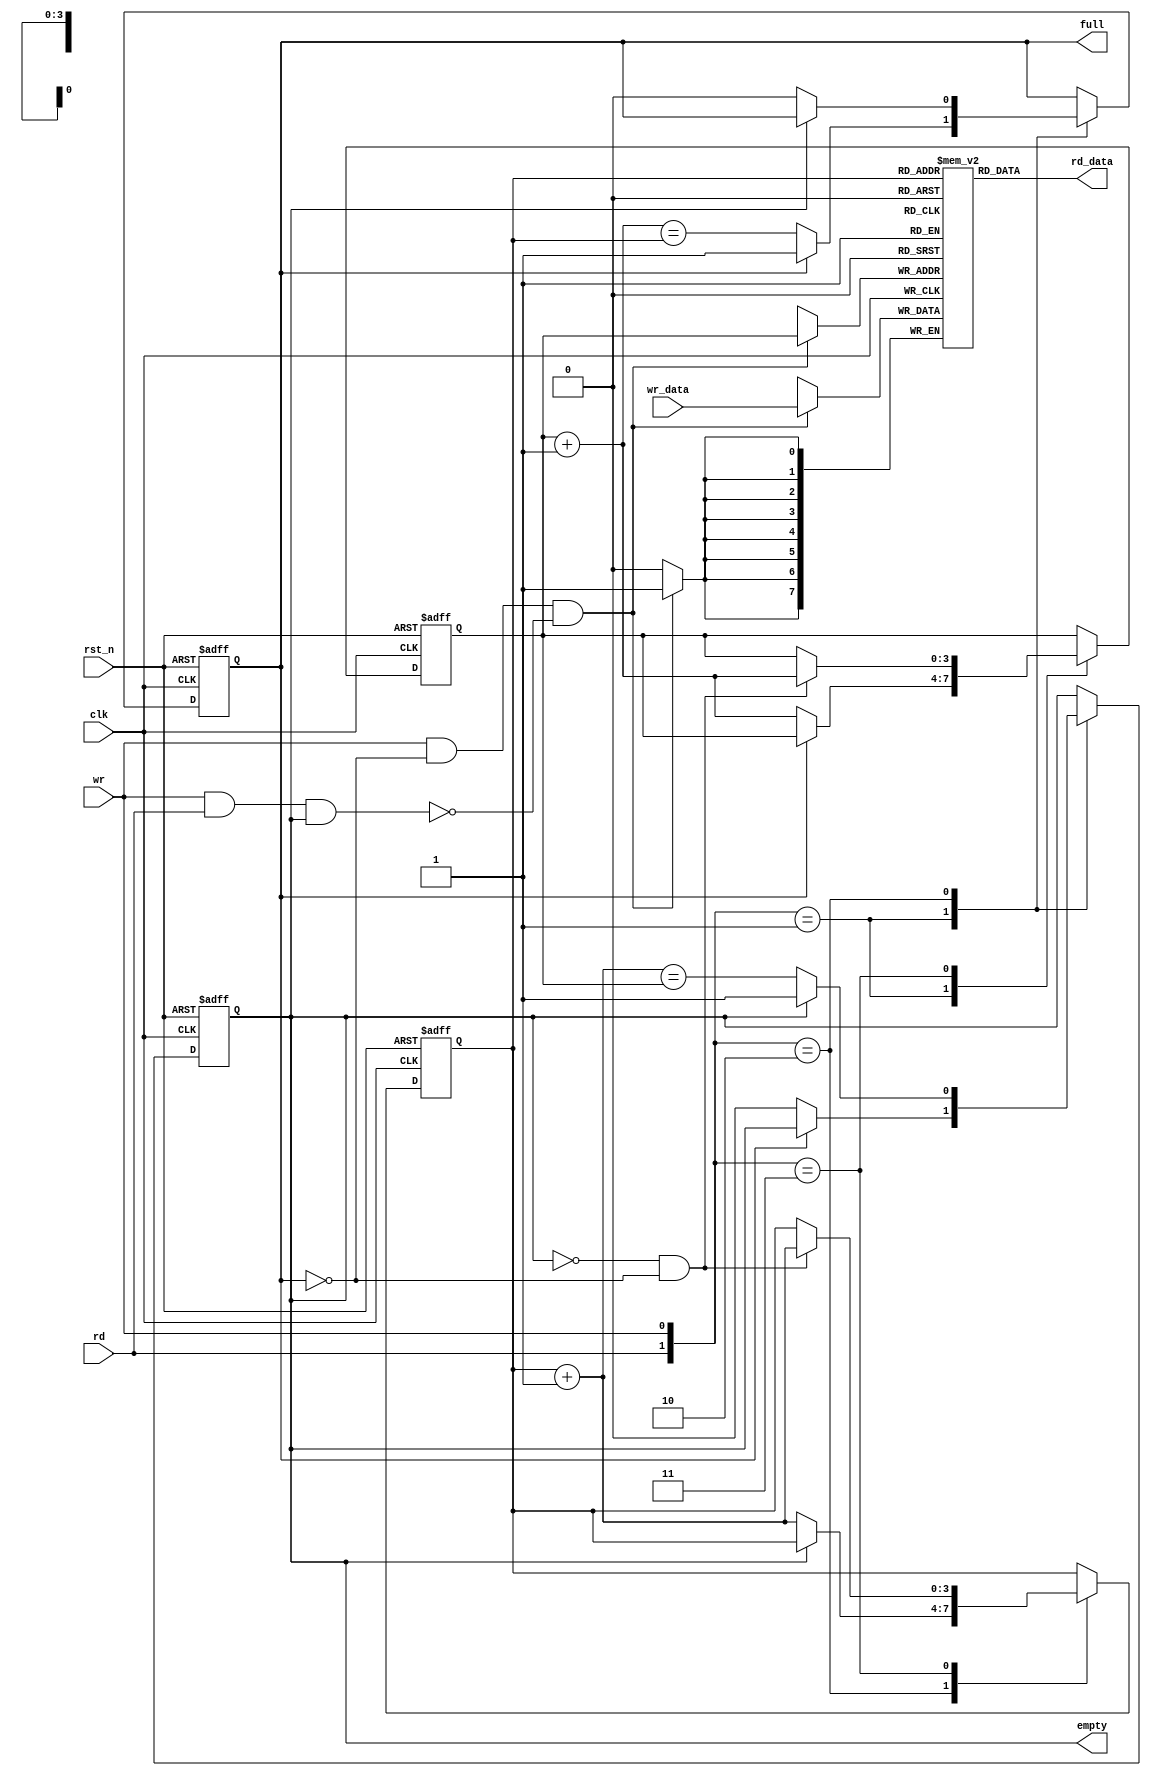
`timescale 1ns / 1ps

module fifo
	#(parameter W=4,B=8)
	(
	input clk,rst_n,
	input wr,rd,
	input[B-1:0] wr_data,
	output[B-1:0] rd_data,
	output reg full,empty
    );
	 initial begin
		full=0;
		empty=1;
	 end
	 reg[W-1:0] rd_ptr=0,wr_ptr=0;
	 reg[B-1:0] array_reg[2**W-1:0];

	 
	 //register file operation
	 always @(posedge clk) begin
		if(wr && !full && !(wr&&rd&&empty)) array_reg[wr_ptr]=wr_data;
	 end
	 assign rd_data=array_reg[rd_ptr];
	 
	 //fifo operation
	 always @(posedge clk,negedge rst_n) begin
		if(!rst_n) begin
			rd_ptr=0;
			wr_ptr=0;
			full=0;
			empty=1;
		end
		else begin
			case({rd,wr})
				2'b01: if(!full) begin
							wr_ptr=wr_ptr+1;
							empty=0;
							full=(wr_ptr==rd_ptr);
						 end
				2'b10: if(!empty) begin
							rd_ptr=rd_ptr+1;
							full=0;
							empty=(rd_ptr==wr_ptr);
						 end
				2'b11: if(!empty && !full) begin
								rd_ptr=rd_ptr+1;
								wr_ptr=wr_ptr+1;
						 end
			endcase
		end
	 end

endmodule